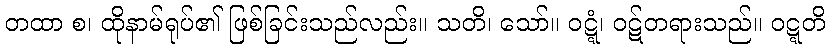
တထာ စ၊ ထိုနာမ်ရုပ်၏ ဖြစ်ခြင်းသည်လည်း။ သတိ၊ သော်။ ဝဋ္ဋံ၊ ဝဋ်တရားသည်။ ဝဋ္ဋတိ